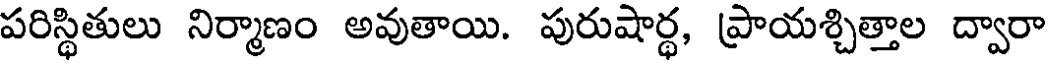
పరిస్థితులు నిర్మాణం అవుతాయి. పురుషార్థ, ప్రాయశ్చిత్తాల ద్వారా